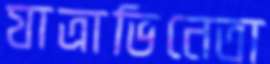
যাত্রাভিনেতা